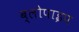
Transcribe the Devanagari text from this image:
ब्लोपाइप